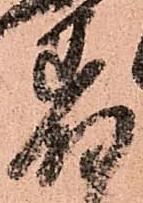
着